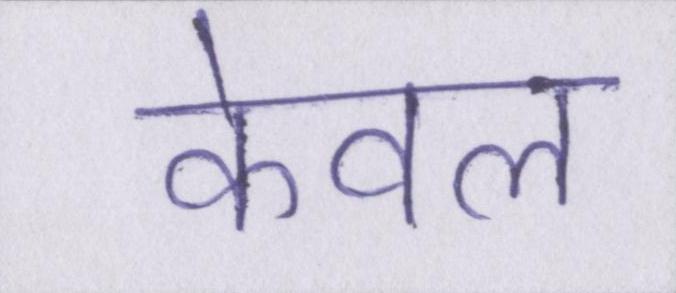
केवल